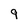
Character: 9